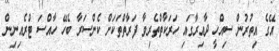
އޭގެ އިތުރުން ސިއްހީ ދާއިރާގައި ހަރަކާތްތެރިވާ ފަރާތްތަކަށް ކެންސަރާ ބެހޭ ހާއްސަ ޓްރެއިނިން